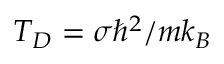
T _ { D } = \sigma \hbar ^ { 2 } / m k _ { B }